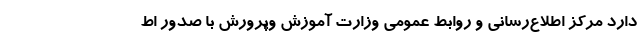
دارد مرکز اطلاع‌رسانی و روابط عمومی وزارت آموزش وپرورش با صدور اط